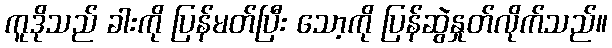
ကူဒိုသည် ခါးကို ပြန်မတ်ပြီး သော့ကို ပြန်ဆွဲနှုတ်လိုက်သည်။